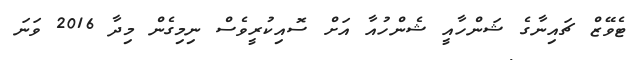
ޓެވޭޒް ޗައިނާގެ ޝަންހާއީ ޝެންހުއާ އަށް ސޮއިކުރީވެސް ނިމިގެން މިދާ 2016 ވަނަ